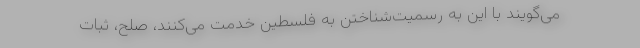
می‌گویند با این به رسمیت‌شناختن به فلسطین خدمت‌ می‌کنند، صلح، ثبات